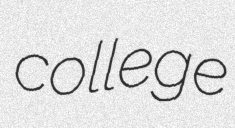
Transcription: college